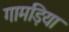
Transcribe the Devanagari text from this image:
गामड़िया